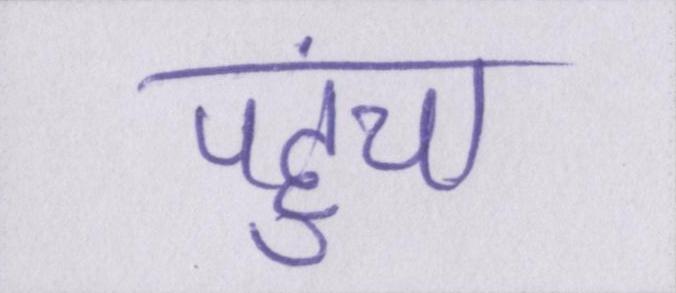
पहुंचा